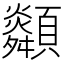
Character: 𩕶